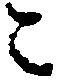
ニ